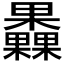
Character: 𣡗